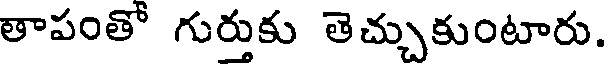
తాపంతో గుర్తుకు తెచ్చుకుంటారు.